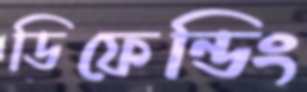
ডিফেন্ডিং